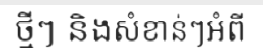
ថ្មីៗ និងសំខាន់ៗអំពី